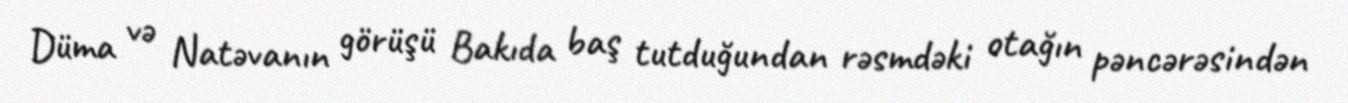
Düma və Natəvanın görüşü Bakıda baş tutduğundan rəsmdəki otağın pəncərəsindən